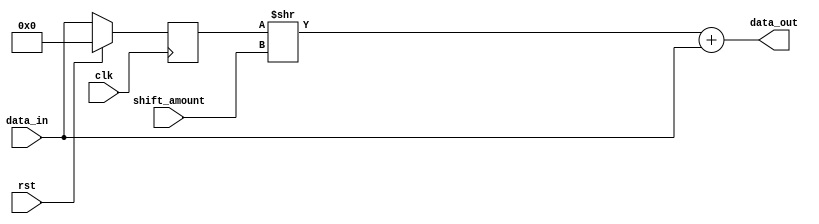
module shift_add_register (
  input wire clk,
  input wire rst,
  input wire [7:0] data_in,
  input wire shift_amount,
  output reg [7:0] data_out
);

reg [7:0] shift_reg;
reg [7:0] shifted_data;

always @(posedge clk) begin
  if (rst) begin
    shift_reg <= 0;
  end else begin
    shift_reg <= {shifted_data, data_in};
  end
end

always @(*) begin
  shifted_data = shift_reg >> shift_amount;
  data_out = shifted_data + data_in;
end

endmodule